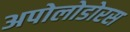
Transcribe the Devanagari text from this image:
अपोलोडोरस